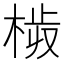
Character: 𣒉